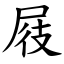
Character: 屐